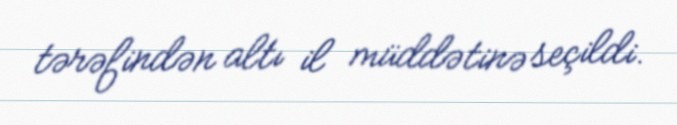
tərəfindən altı il müddətinə seçildi.